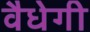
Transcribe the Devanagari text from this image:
वैधेगी